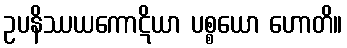
ဥပနိဿယကောဋိယာ ပစ္စယော ဟောတိ။